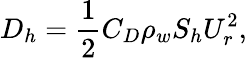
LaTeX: D_{h}=\frac{1}{2}C_{D}\rho_{w}S_{h}U_{r}^{2},